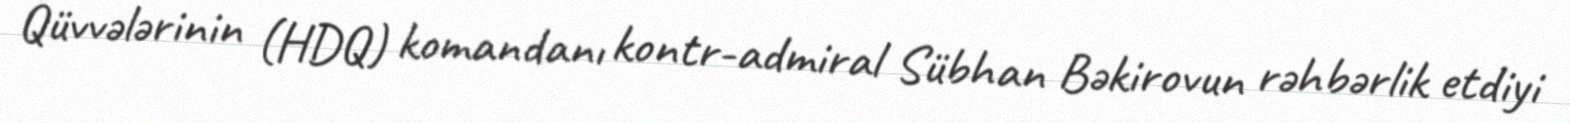
Qüvvələrinin (HDQ) komandanı kontr-admiral Sübhan Bəkirovun rəhbərlik etdiyi